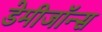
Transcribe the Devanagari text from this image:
डेमीजॉन्स